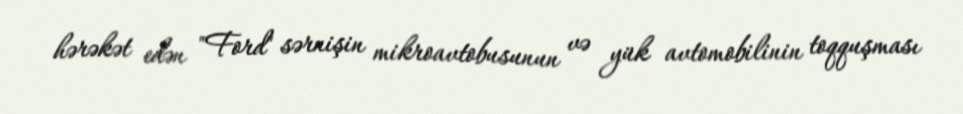
hərəkət edən "Ford" sərnişin mikroavtobusunun və yük avtomobilinin toqquşması